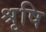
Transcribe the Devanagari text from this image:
श्रृषि